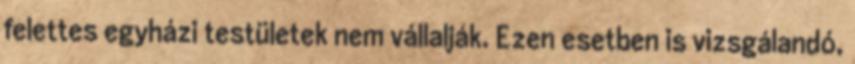
felettes egyházi testületek nem vállalják. Ezen esetben is vizsgálandó,